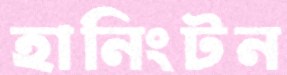
হানিংটন